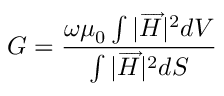
G = { \frac { \omega \mu _ { 0 } \int { | { \overrightarrow { H } } | ^ { 2 } d V } } { \int { | { \overrightarrow { H } } | ^ { 2 } d S } } }